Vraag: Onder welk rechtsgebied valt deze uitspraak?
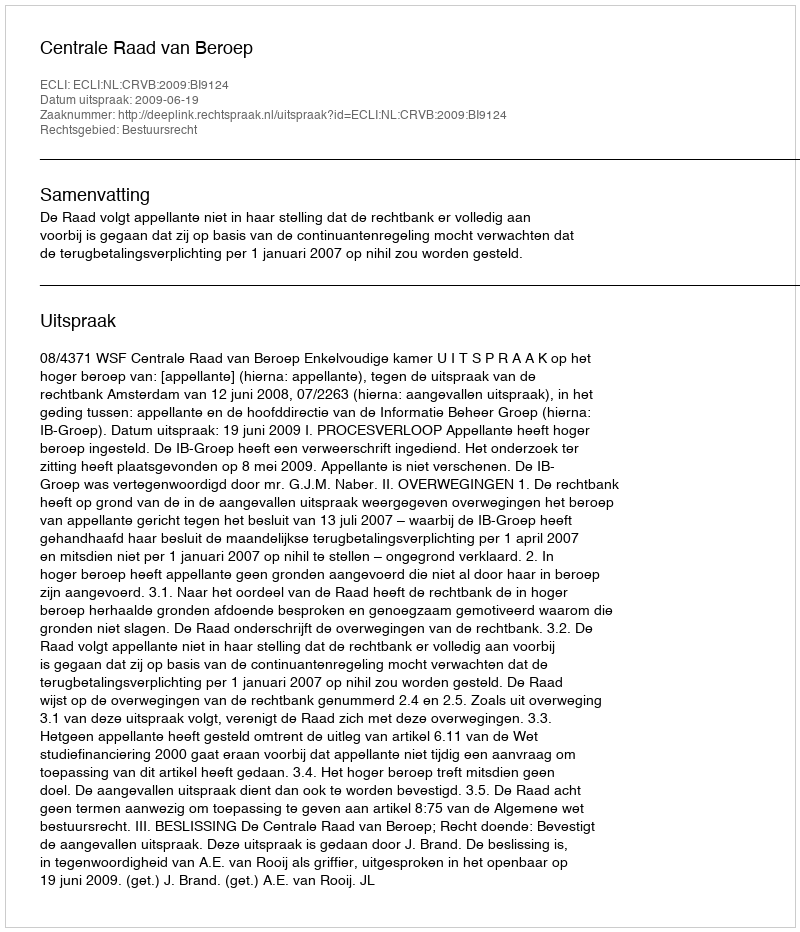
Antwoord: Bestuursrecht